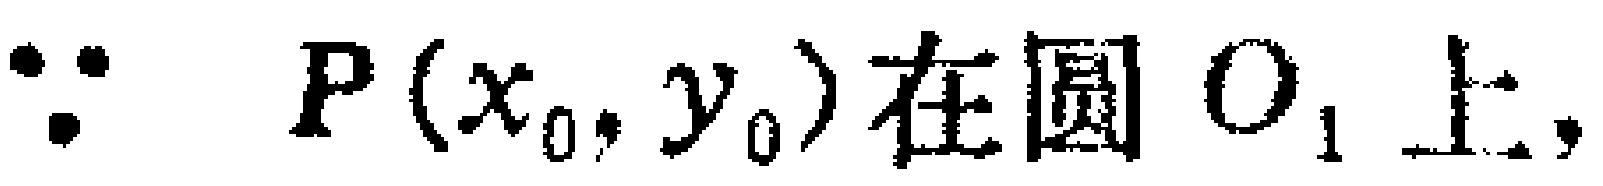
$\because\ P(x_{0},y_{0})在圆\ O_{1}上,$